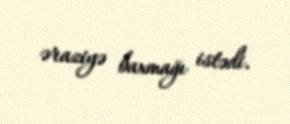
əraziyə baxmağı istədi.